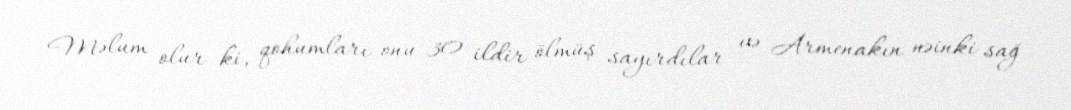
Məlum olur ki, qohumları onu 30 ildir ölmüş sayırdılar və Armenakın nəinki sağ